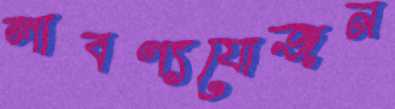
লাবণ্যযোজন